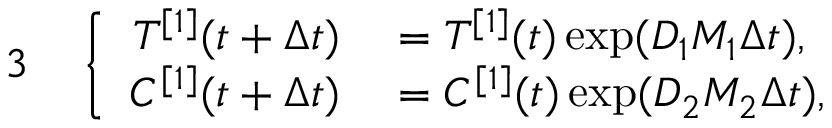
\begin{array} { r l } { { 3 } } & { { } \left\{ \begin{array} { r l } { T ^ { [ 1 ] } ( t + \Delta { t } ) } & { { } = T ^ { [ 1 ] } ( t ) \exp ( D _ { 1 } M _ { 1 } \Delta { t } ) , } \\ { C ^ { [ 1 ] } ( t + \Delta { t } ) } & { { } = C ^ { [ 1 ] } ( t ) \exp ( D _ { 2 } M _ { 2 } \Delta { t } ) , } \end{array} \right. } \end{array}